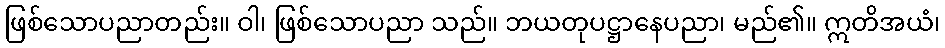
ဖြစ်သောပညာတည်း။ ဝါ၊ ဖြစ်သောပညာ သည်။ ဘယတုပဋ္ဌာနေပညာ၊ မည်၏။ ဣတိအယံ၊